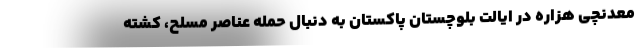
معدنچی هزاره در ایالت بلوچستان پاکستان به دنبال حمله عناصر مسلح، کشته